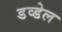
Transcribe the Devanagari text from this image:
डव्डेल